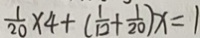
\frac { 1 } { 2 0 } \times 4 + ( \frac { 1 } { 1 2 } + \frac { 1 } { 2 0 } ) x = 1